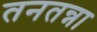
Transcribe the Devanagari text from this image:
तनतन्ना